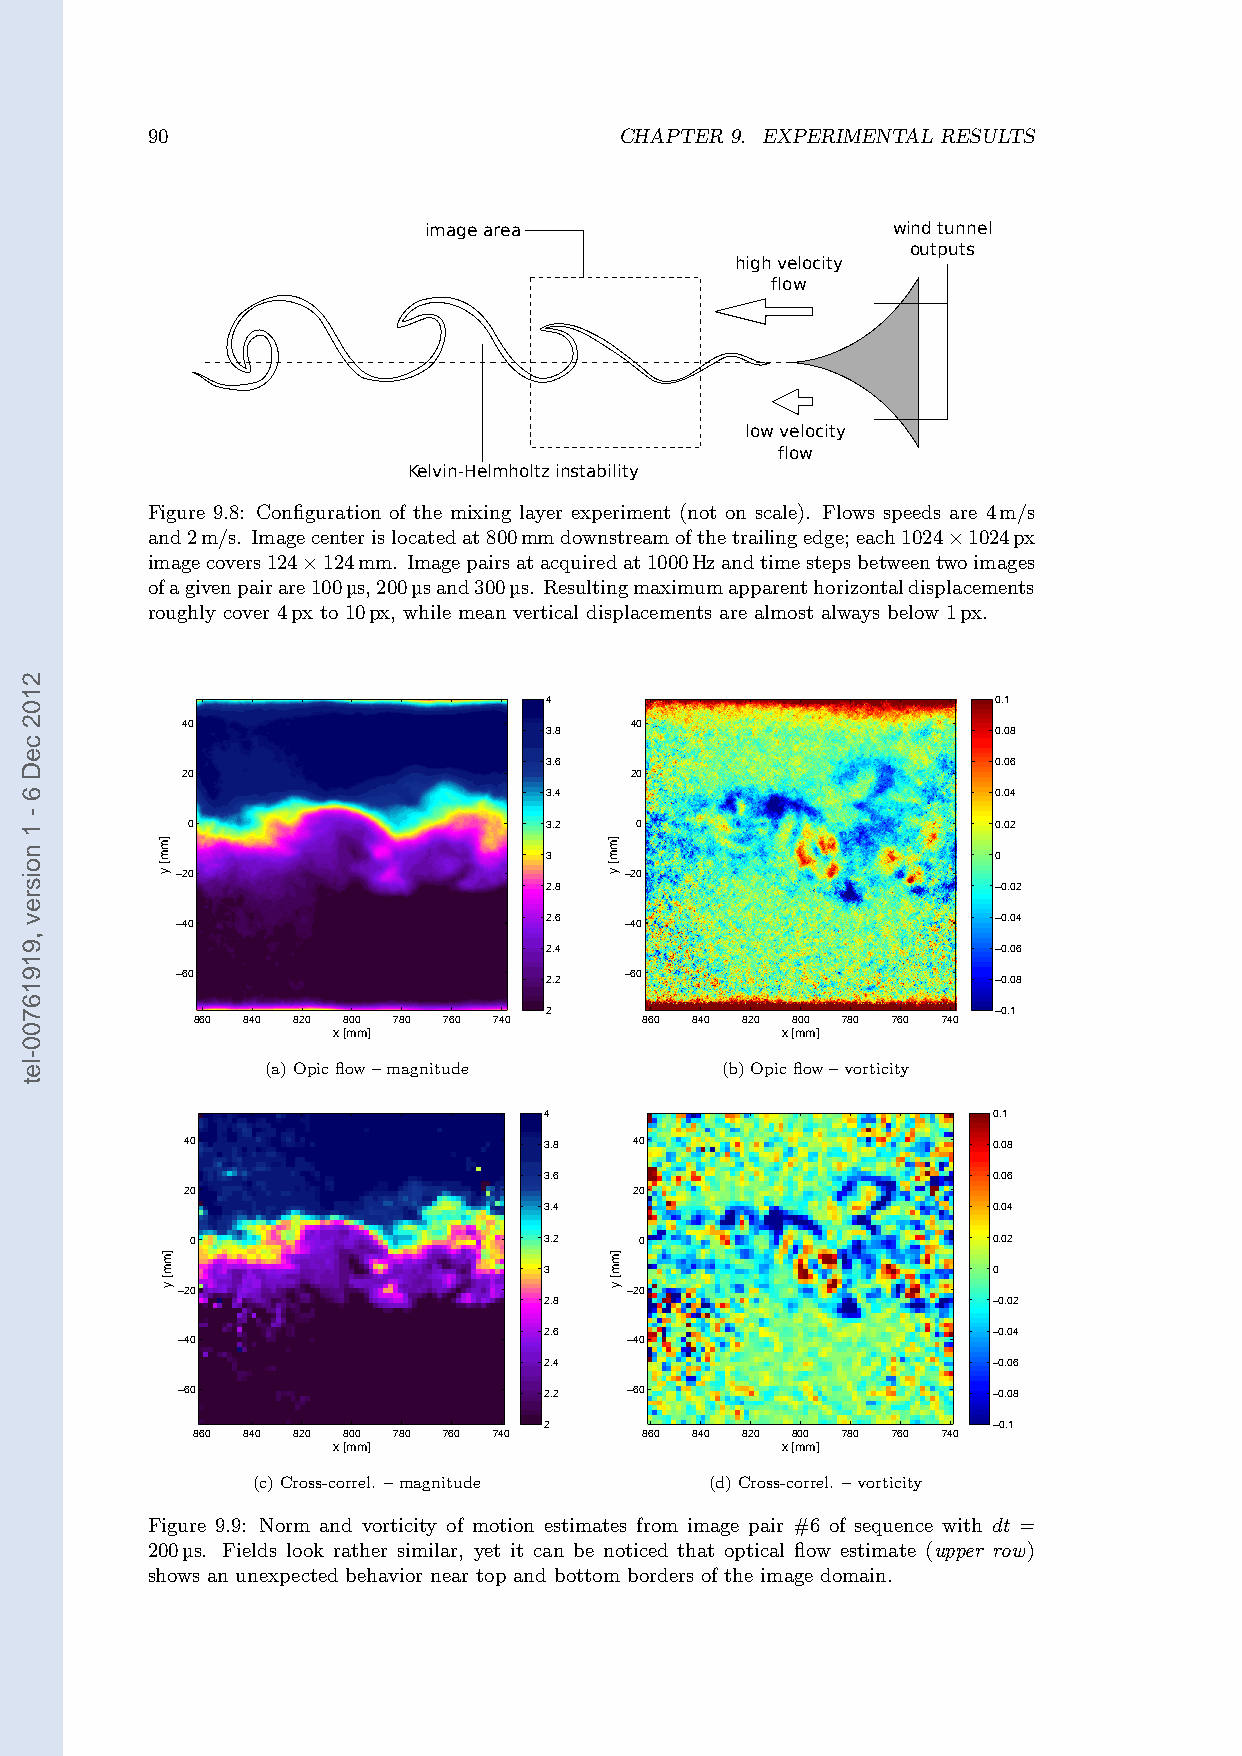
90                             CHAPTER 9. EXPERIMENTAL RESULTS
 image area                     wind tunnel
 outputs
 high velocity
 flow
 low velocity
 flow
 Kelvin-Helmholtz instability
 Figure 9.8: Configuration of the mixing layer experiment (not on scale). Flows speeds are 4m/s
 and2m/s. Imagecenterislocatedat800mmdownstreamofthetrailingedge;each1024 1024px
 imagecovers124 124mm. Imagepairsatacquiredat1000Hzandtimestepsbetweentw×oimages
 ofagivenpairare× 100µs,200µsand300µs. Resultingmaximumapparenthorizontaldisplacements
 roughly cover 4px to 10px, while mean vertical displacements are almost always below 1px.
 4                             0.1
 40                            40
 3.8                           0.08
 3.6                           0.06
 20                            20
 3.4                           0.04
 0                       3.2   0                       0.02
 3                             0
 −20                          −20
 2.8                           −0.02
 −40                     2.6  −40                      −0.04
 2.4                           −0.06
 −60                          −60
 2.2                           −0.08
 2                             −0.1
 860 840 820 800 780 760 740   860 840 820 800 780 760 740
 x [mm]                        x [mm]
 (a)Opicflow–magnitude         (b)Opicflow–vorticity
 4                             0.1
 40                      3.8   40                      0.08
 3.6                           0.06
 20                            20
 3.4                           0.04
 0                      3.2   0                       0.02
 3                             0
 −20                          −20
 2.8                           −0.02
 2.6                           −0.04
 −40                          −40
 2.4                           −0.06
 −60                     2.2  −60                      −0.08
 2                             −0.1
 860 840 820 800 780 760 740  860 840 820 800 780 760 740
 x [mm]                        x [mm]
 (c)Cross-correl. –magnitude   (d)Cross-correl. –vorticity
 Figure 9.9: Norm and vorticity of motion estimates from image pair #6 of sequence with dt =
 200µs. Fields look rather similar, yet it can be noticed that optical flow estimate (upper row)
 shows an unexpected behavior near top and bottom borders of the image domain.
 2102
 ceD
 6
 -
 1
 noisrev
 ,91916700-let
 ]mm[
 y
 ]mm[
 y
 ]mm[
 y
 ]mm[
 y